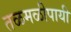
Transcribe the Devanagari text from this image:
तळमळीपायी